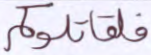
فلقاتلوكم